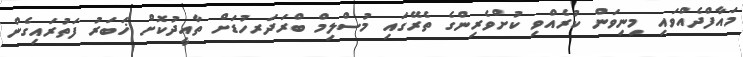
މައާފްދެއްވައި މިނިވަން ކުރެއްވި ކުށްވެރިންގެ ތެރޭގައި މުސްލިމް ބްރަދަރހުޑަށް ތާއީދުކޮށް ޚަބަރު ފަތުރައިގެން